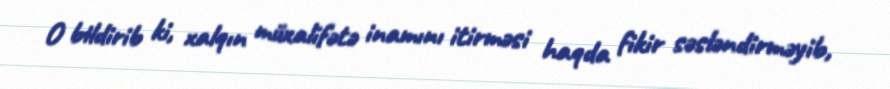
O bildirib ki, xalqın müxalifətə inamını itirməsi haqda fikir səsləndirməyib,